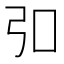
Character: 𪪺